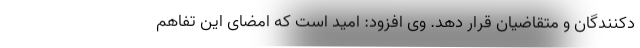
دکنندگان و متقاضیان قرار دهد. وی افزود: امید است که امضای این تفاهم